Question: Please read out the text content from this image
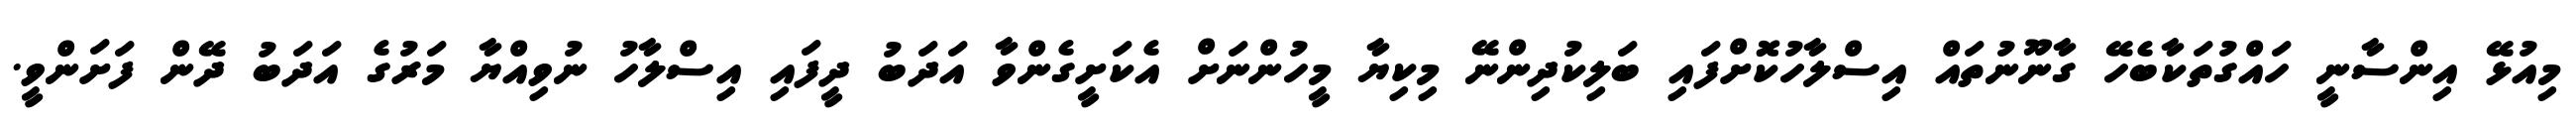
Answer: މިއުޅޭ އިންސާނީ ހައްގުތަކާބެހޭ ގާނޫނުތައް އިސްލާހުކޮށްފައި ބަލިކުދިންނޭ މިކިޔާ މީހުންނަށް އެކަށީގެންވާ އަދަބު ދީފައި އިސްލާހު ނުވިއްޔާ މަރުގެ އަދަބު ދޭން ފަށަންވީ.